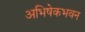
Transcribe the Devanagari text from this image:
अभिषेकभवन